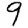
Digit: 9